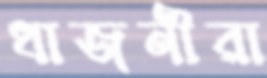
ধাজনীরা